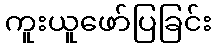
ကူးယူဖော်ပြခြင်း